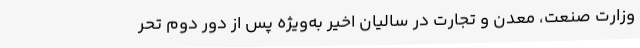
وزارت صنعت، معدن و تجارت در ساليان اخير به‌ويژه پس از دور دوم تحر